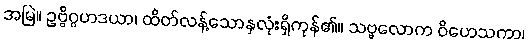
အမြဲ။ ဥဗ္ဗိဂ္ဂဟဒယာ၊ ထိတ်လန့်သောနှလုံးရှိကုန်၏။ သဗ္ဗလောက ဝိဟေသကာ၊